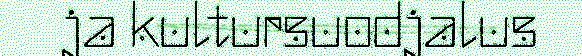
ja kultursuodjalus